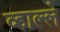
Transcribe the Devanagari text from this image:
व्हाल्ले